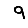
Digit: 9